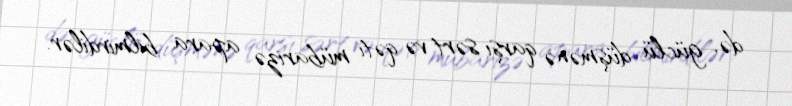
də, güclü düşmənə qarşı sərt və qəti mübarizə apara bilmirdilər.